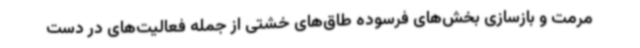
مرمت و بازسازی بخش‌های فرسوده طاق‌های خشتی از جمله فعالیت‌های در دست